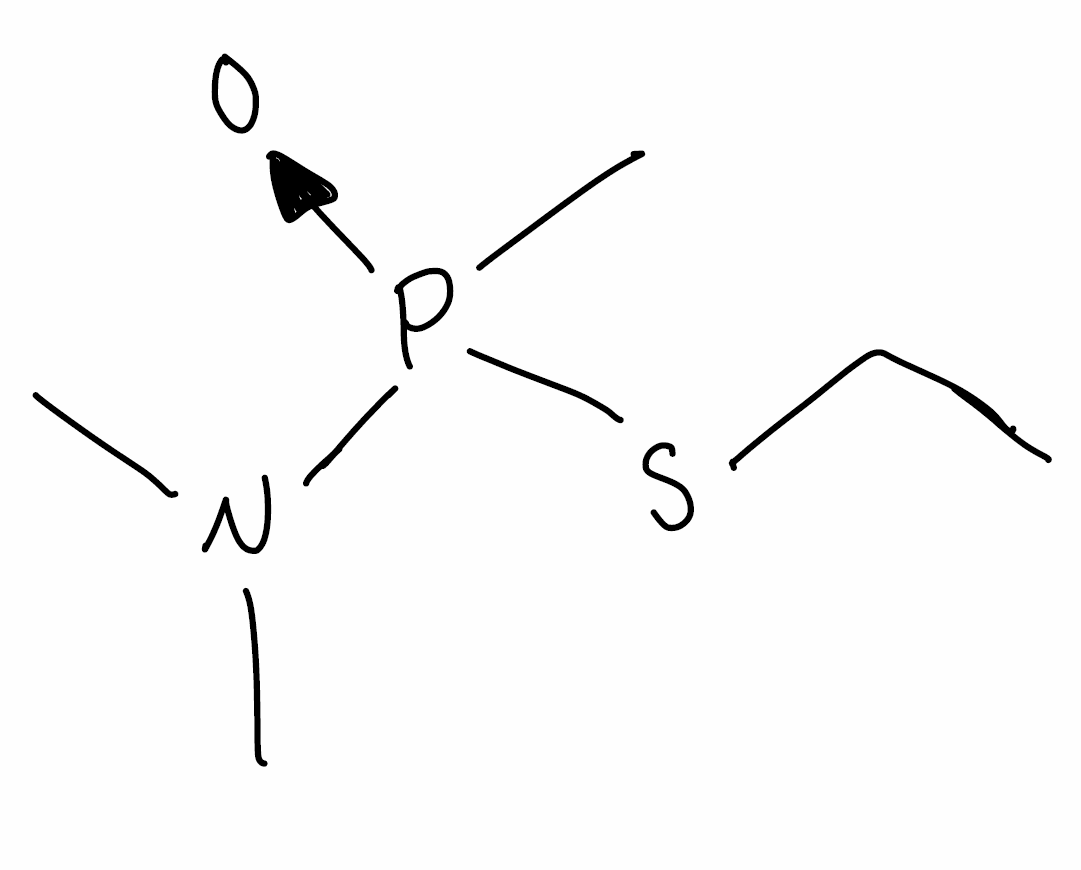
Simplified molecular-input line-entry system (SMILES) notation of the given molecule:
CCS[P+](C)(N(C)C)[O-]